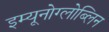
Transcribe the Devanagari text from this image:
इम्यूनोग्लोब्लिन